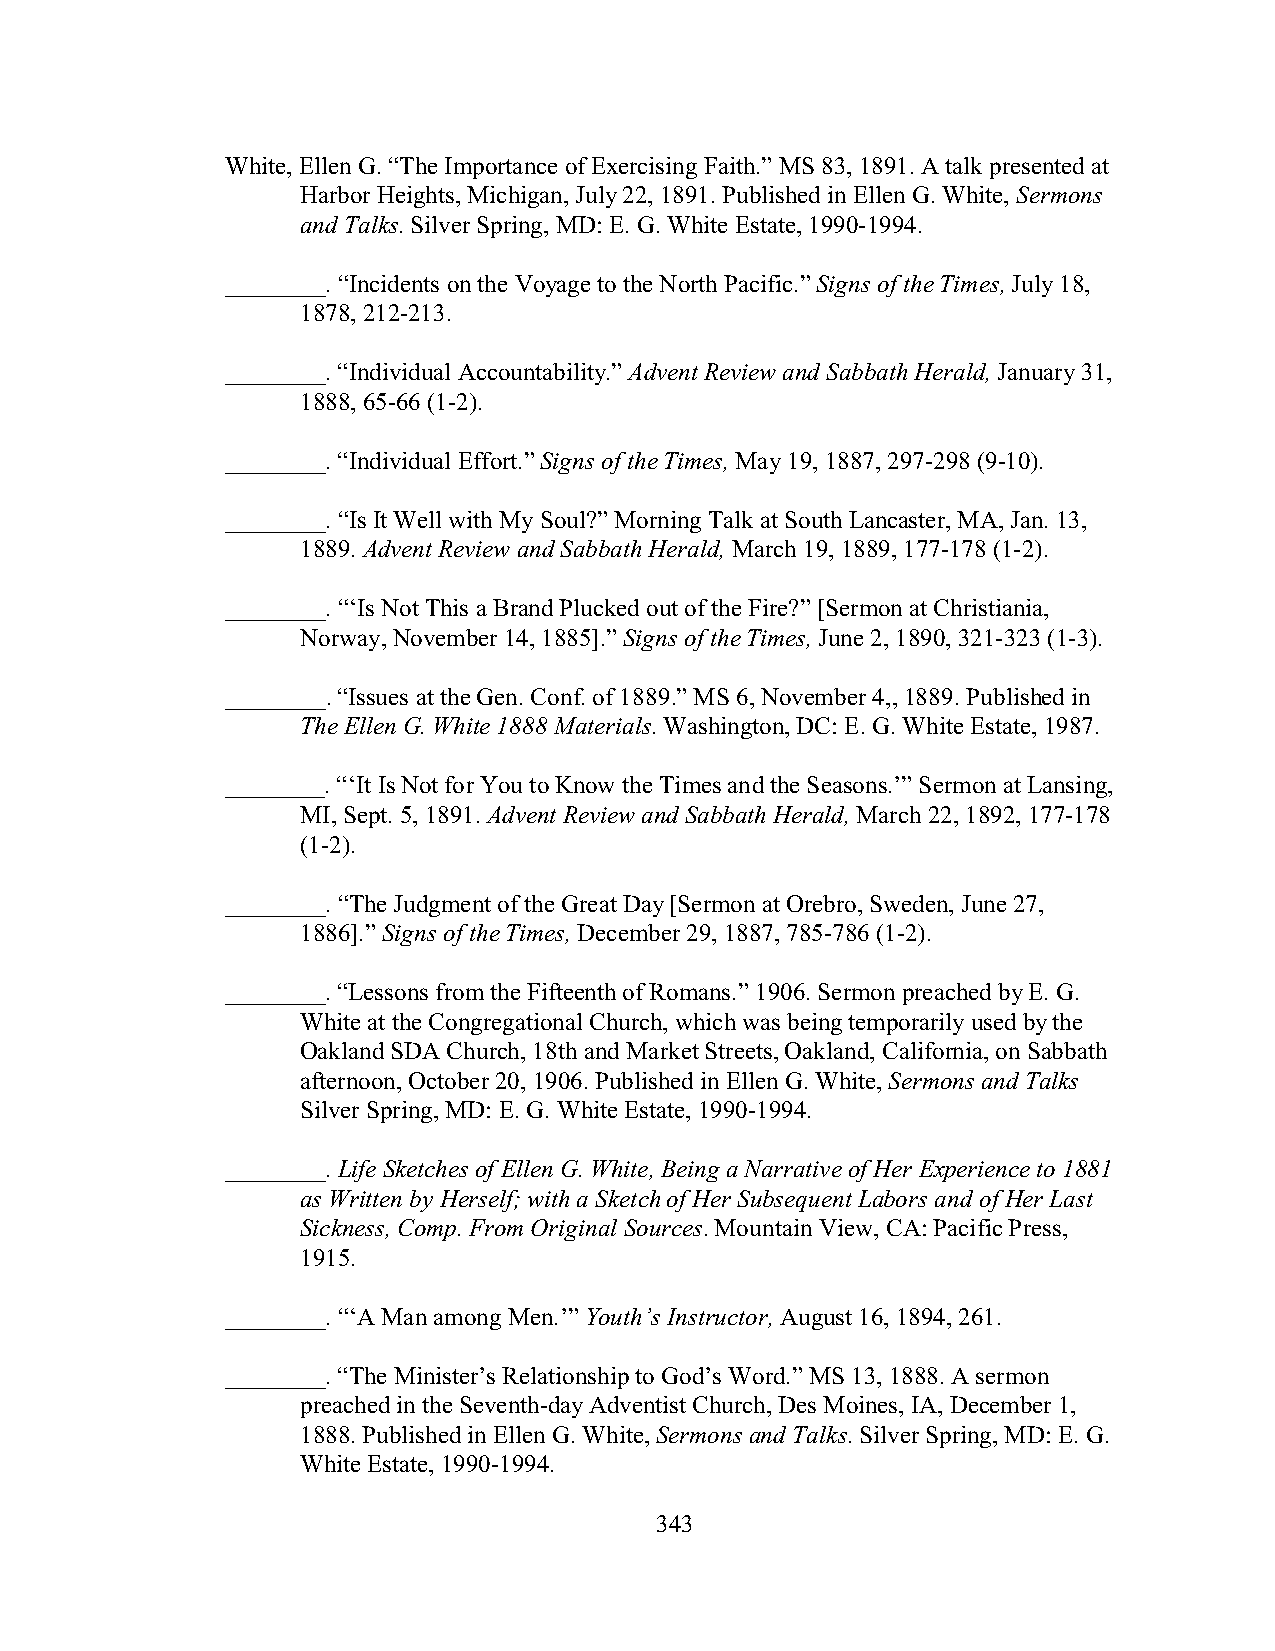
White, Ellen G. “The Importance of Exercising Faith.” MS 83, 1891. A talk presented at
 Harbor Heights, Michigan, July 22, 1891. Published in Ellen G. White, Sermons
 and Talks. Silver Spring, MD: E. G. White Estate, 1990-1994.
 ________. “Incidents on the Voyage to the North Pacific.” Signs of the Times, July 18,
 1878, 212-213.
 ________. “Individual Accountability.” Advent Review and Sabbath Herald, January 31,
 1888, 65-66 (1-2).
 ________. “Individual Effort.” Signs of the Times, May 19, 1887, 297-298 (9-10).
 ________. “Is It Well with My Soul?” Morning Talk at South Lancaster, MA, Jan. 13,
 1889. Advent Review and Sabbath Herald, March 19, 1889, 177-178 (1-2).
 ________. “‘Is Not This a Brand Plucked out of the Fire?” [Sermon at Christiania,
 Norway, November 14, 1885].” Signs of the Times, June 2, 1890, 321-323 (1-3).
 ________. “Issues at the Gen. Conf. of 1889.” MS 6, November 4,, 1889. Published in
 The Ellen G. White 1888 Materials. Washington, DC: E. G. White Estate, 1987.
 ________. “‘It Is Not for You to Know the Times and the Seasons.’” Sermon at Lansing,
 MI, Sept. 5, 1891. Advent Review and Sabbath Herald, March 22, 1892, 177-178
 (1-2).
 ________. “The Judgment of the Great Day [Sermon at Orebro, Sweden, June 27,
 1886].” Signs of the Times, December 29, 1887, 785-786 (1-2).
 ________. “Lessons from the Fifteenth of Romans.” 1906. Sermon preached by E. G.
 White at the Congregational Church, which was being temporarily used by the
 Oakland SDA Church, 18th and Market Streets, Oakland, California, on Sabbath
 afternoon, October 20, 1906. Published in Ellen G. White, Sermons and Talks
 Silver Spring, MD: E. G. White Estate, 1990-1994.
 ________. Life Sketches of Ellen G. White, Being a Narrative of Her Experience to 1881
 as Written by Herself; with a Sketch of Her Subsequent Labors and of Her Last
 Sickness, Comp. From Original Sources. Mountain View, CA: Pacific Press,
 1915.
 ________. “‘A Man among Men.’” Youth’s Instructor, August 16, 1894, 261.
 ________. “The Minister’s Relationship to God’s Word.” MS 13, 1888. A sermon
 preached in the Seventh-day Adventist Church, Des Moines, IA, December 1,
 1888. Published in Ellen G. White, Sermons and Talks. Silver Spring, MD: E. G.
 White Estate, 1990-1994.
 343